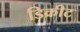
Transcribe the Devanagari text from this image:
डिक्रीट